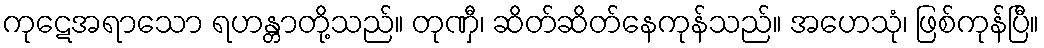
ကုဋေအရာသော ရဟန္တာတို့သည်။ တုဏှီ၊ ဆိတ်ဆိတ်နေကုန်သည်။ အဟေသုံ၊ ဖြစ်ကုန်ပြီ။